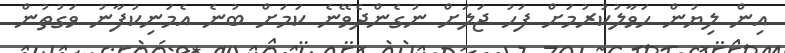
އިން ލިޔުން ހަވާލުކުރުމަށް ފަހު ޖަލަށް ނުގެންދެވޭނެ ކަމަށް ބުނެ އެމަނިކުފާނު ވަގުތުން